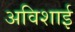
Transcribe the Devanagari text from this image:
अविशाई